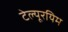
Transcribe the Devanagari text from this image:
टेल्यूरयिम